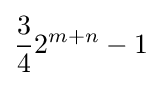
{\frac {3}{4}}2^{m+n}-1